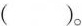
()。